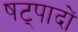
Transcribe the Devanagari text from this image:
षट्पादों